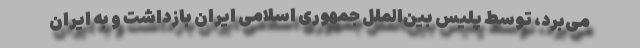
می‌برد، توسط پلیس بین‌الملل جمهوری اسلامی ایران بازداشت و به ایران